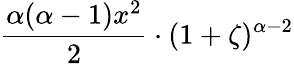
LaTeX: {\frac{\alpha(\alpha-1)x^{2}}{2}}\cdot(1+\zeta)^{\alpha-2}